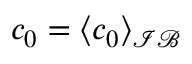
c _ { 0 } = \langle c _ { 0 } \rangle _ { \mathcal { I B } }